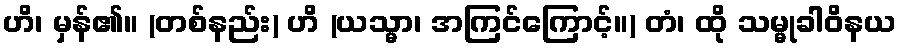
ဟိ၊ မှန်၏။ (တစ်နည်း) ဟိ (ယသ္မာ၊ အကြင်ကြောင့်။) တံ၊ ထို သမ္မုခါဝိနယ